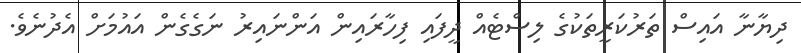
ދިޔާނާ އައިސް ތަރުކަރީތަކުގެ ލިސްޓެއް ދީފައި ފިހާރައިން އަންނައިރު ނަގެގެން އައުމަށް އެދުނެވެ.